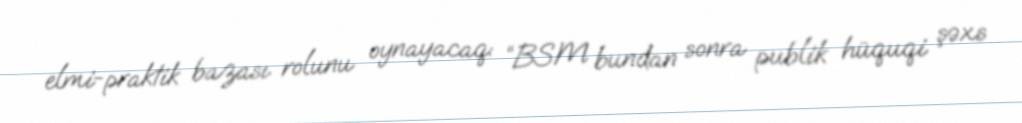
elmi-praktik bazası rolunu oynayacaq: “BSM bundan sonra publik hüquqi şəxs